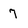
Character: 7